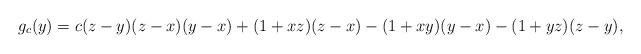
LaTeX: \begin{align*}g_c(y)= c(z-y)(z-x)(y-x)+(1+xz)(z-x)-(1+xy)(y-x)-(1+yz)(z-y),\end{align*}